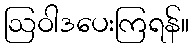
ဩဝါဒပေးကြရန်။